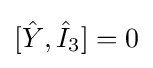
[{\hat {Y}},{\hat {I}}_{3}]=0